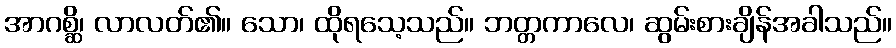
အာဂစ္ဆိ၊ လာလတ်၏။ သော၊ ထိုရသေ့သည်။ ဘတ္တကာလေ၊ ဆွမ်းစားချိန်အခါသည်။